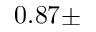
0 . 8 7 \pm